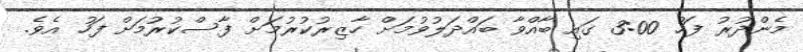
މެންދުރު ފަހު 3:00 ގައި ބާއްވާ ބައްދަލުވުމަށް ހާޒިރުކުރުމަށް ފާސްކުރުމަށް ފަހު އެވެ.